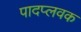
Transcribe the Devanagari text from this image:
पादप्लवक